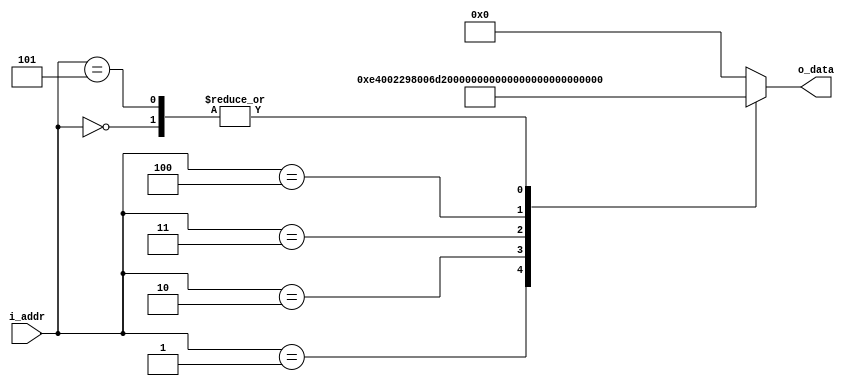
`timescale 1ns/1ps
module lut_rom_cdce62002_config(i_addr, o_data);
 
input [2 : 0] i_addr;
output [31 : 0] o_data;
reg [31 : 0] o_data;

always @(*)
begin
	 case(i_addr)
		 3'd0: o_data = 32'h40080000;
		 3'd1: o_data = 32'h0E400229;
		 3'd2: o_data = 32'h8006D1C1;
		 3'd3: o_data = 32'h40180000;
		 3'd4: o_data = 32'hf8000000;
		 3'd5: o_data = 32'h40080000;
		 default: o_data = 32'h00000;
	 endcase
end

endmodule